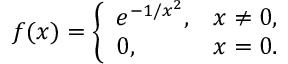
f ( x ) = { \left\{ \begin{array} { l l } { e ^ { - 1 / x ^ { 2 } } , } & { x \neq 0 , } \\ { 0 , } & { x = 0 . } \end{array} \right. }